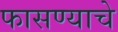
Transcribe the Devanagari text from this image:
फासण्याचे